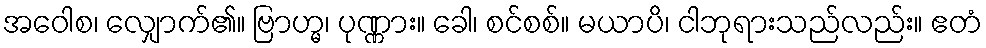
အဝေါစ၊ လျှောက်၏။ ဗြာဟ္မ၊ ပုဏ္ဏား။ ခေါ၊ စင်စစ်။ မယာပိ၊ ငါဘုရားသည်လည်း။ ဧတံ